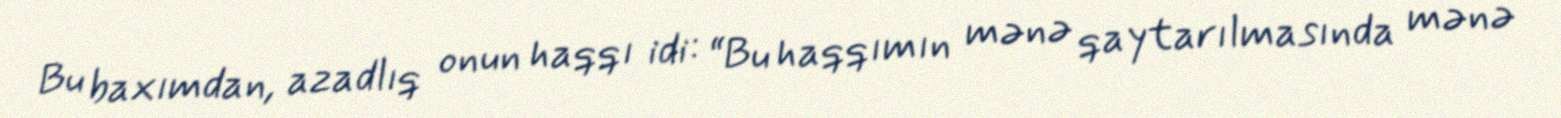
Bu baxımdan, azadlıq onun haqqı idi: “Bu haqqımın mənə qaytarılmasında mənə